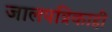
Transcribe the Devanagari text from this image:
जालपत्रिकाही